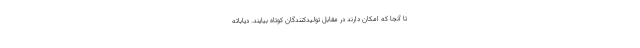
تا آنجا که امکان دارند در مقابل تولیدکنندگان کوتاه بیایند. دیاباته